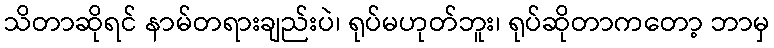
သိတာဆိုရင် နာမ်တရားချည်းပဲ၊ ရုပ်မဟုတ်ဘူး၊ ရုပ်ဆိုတာကတော့ ဘာမှ